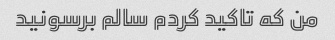
من که تاکید کردم سالم برسونید